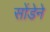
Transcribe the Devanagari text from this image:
सोंडेने